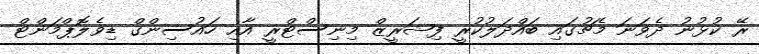
ރޭ ކުޅުނު ދެވަނަ މެޗުގައި ބައްދަލުކުރީ ފިޝަރީޒް މިނިސްޓްރީ އާއި ހައުސިންގް ޑިވެލޮޕްމަންޓް